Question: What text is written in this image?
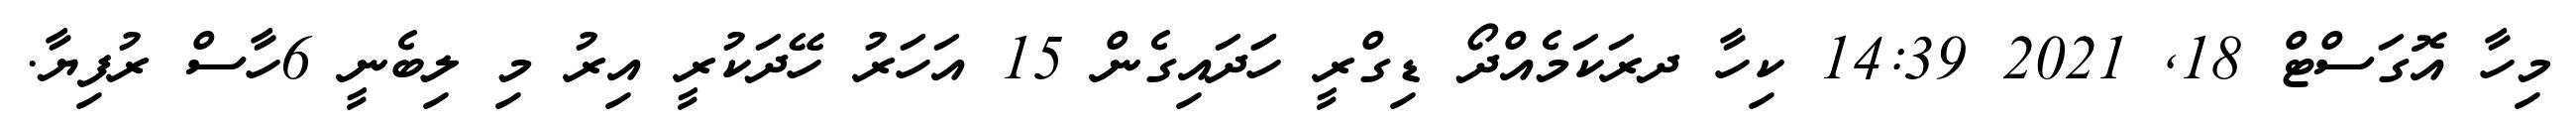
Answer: މިހާ އޮގަސްޓް 18, 2021 14:39 ކިހާ ދރަކަމެއްދޯ ޑިގްރީ ހަަދައިގެން 15 އަހަރު ހޭދަކުރީ އިރު މި ލިބެނީ 6ހާސް ރުފިޔާ.